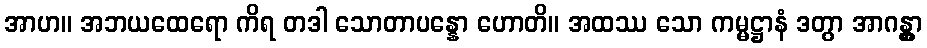
အာဟ။ အဘယထေရော ကိရ တဒါ သောတာပန္နော ဟောတိ။ အထဿ သော ကမ္မဋ္ဌာနံ ဒတွာ အာဂန္တွာ